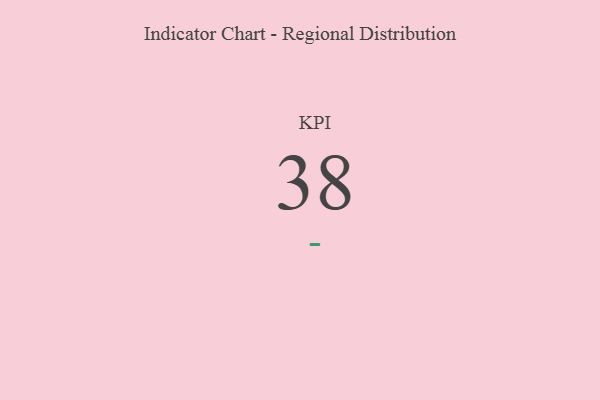
{"axis": {"x": "KPI", "y": "Value"}, "legend": [""], "data": [{"x": "KPI", "y": 38, "type": ""}]}